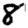
Digit: 8